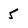
Character: 5